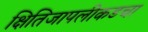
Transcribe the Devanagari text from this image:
क्षितिजापलीकडचा